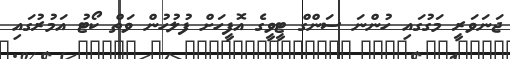
ޖަނަވަރީ މަގުގައި ހުންނަ ސަންގް ޓީވީގެ އޮފީހަށް ފުލުހުން ވަތް ކޯޓު އަމުރުގައި